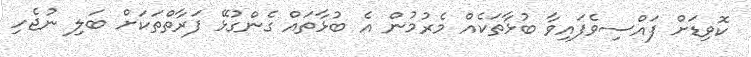
ކޮވިޑަށް ފައްސިވެފައިވާ ބުޅާތަކެއް މެރުމުން އެ ބުޅާތައް ގެންގުޅޭ ފަރާތްތަކަށް ބަލި ނުޖެހި